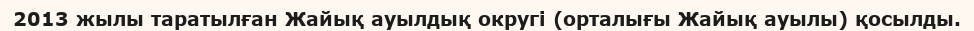
2013 жылы таратылған Жайық ауылдық округі (орталығы Жайық ауылы) қосылды.